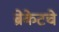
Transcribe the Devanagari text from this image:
ब्रेकेटचे